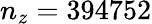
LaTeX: n_{z}=394752